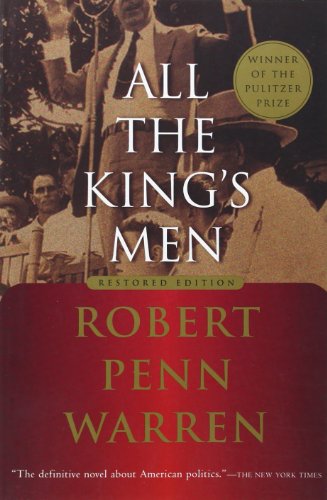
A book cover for All the King's Men; Robert Penn Warren; Teen & Young Adult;